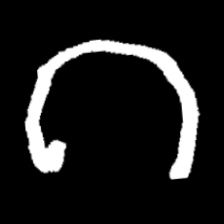
Pyu character \u2014 Myanmar letter: ဂ (romanized: ga)